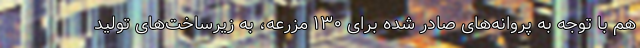
هم با توجه به پروانه‌های صادر شده برای ۱۳۰ مزرعه، به زیرساخت‌های تولید